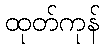
ထုတ်ကုန်